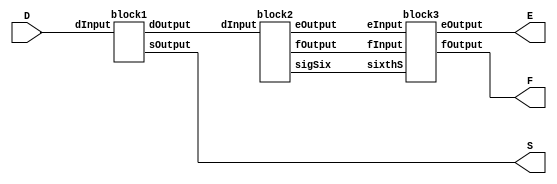
`timescale 1ns / 1ps
//////////////////////////////////////////////////////////////////////////////////
// Company: 
//							
// 
// Design Name: 
// Module Name:		FPCVT 
// Project Name: 		Project 2
// Revision: 
// Revision 0.01 - File Created
// Additional Comments: 
//
//////////////////////////////////////////////////////////////////////////////////
module FPCVT(
	input wire [12:0] D,
	output wire S,
	output wire [2:0] E,
	output wire [4:0] F
	);
	
	wire [12:0] dBetweenMods;
	wire [2:0] eBetweenMods;
	wire [4:0] fBetweenMods;
	wire sixthSig; //need for rounding
	
	
	block1 b1(.dInput(D), .dOutput(dBetweenMods),.sOutput(S));
	
	block2 b2(.dInput(dBetweenMods), .eOutput(eBetweenMods), .fOutput(fBetweenMods), .sigSix(sixthSig));
	
	block3 b3(.fInput(fBetweenMods), .sixthS(sixthSig), .eInput(eBetweenMods), .fOutput(F), .eOutput(E));
endmodule

module block1(
	input [12:0] dInput,
	output reg [12:0] dOutput,
	output sOutput
	);

	always @ (*)
	begin
		if (dInput[12] == 1)
			dOutput = ~dInput + 1'b1;
		else
			dOutput = dInput;
	end
	
	assign sOutput = dInput[12];
endmodule

module block2(
	input wire [12:0] dInput, 
	output reg [2:0] eOutput, 
	output reg [4:0] fOutput,
	output reg sigSix
	);
	
	always @ (*)
	begin
		if (dInput[12] == 1)
			eOutput = 3'b111;
		else
		begin
			if (dInput[11] == 1)
				eOutput = 3'b111;
			else
			begin
				if (dInput[10] == 1)
					eOutput = 3'b110;
				else
				begin
					if (dInput[9] == 1)
						eOutput = 3'b101;
					else
					begin
						if (dInput[8] == 1)
							eOutput = 3'b100;
						else
						begin
							if (dInput[7] == 1)
								eOutput = 3'b011;
							else
							begin
								if (dInput[6] == 1)
									eOutput = 3'b010;
								else
								begin
									if (dInput[5] == 1)
										eOutput = 3'b001;
									else
										eOutput = 3'b000;
								end
							end
						end
					end
				end
			end
		end
	end
	
	always @ (*)
	begin
		if (dInput[12] == 1)
			fOutput = 4'b1111;
		else
		begin
			if (dInput[11] == 1)
				fOutput = dInput[11:7];
			else
			begin
				if (dInput[10] == 1)
					fOutput = dInput[10:6];
				else
				begin
					if (dInput[9] == 1)
						fOutput = dInput[9:5];
					else
					begin
						if (dInput[8] == 1)
							fOutput = dInput[8:4];
						else
						begin
							if (dInput[7] == 1)
								fOutput = dInput[7:3];
							else
							begin
								if (dInput[6] == 1)
									fOutput = dInput[6:2];
								else
								begin
									if (dInput[5] == 1)
										fOutput = dInput[5:1];
									else
										fOutput = dInput[4:0];
								end
							end
						end
					end
				end
			end
		end
	end

	always @ (*)
	begin
		if (dInput[12] == 1)
			sigSix = 1;
		else
		begin
			if (dInput[11] == 1)
				sigSix = dInput[6];
			else
			begin
				if (dInput[10] == 1)
					sigSix = dInput[5];
				else
				begin
					if (dInput[9] == 1)
						sigSix = dInput[4];
					else
					begin
						if (dInput[8] == 1)
							sigSix = dInput[3];
						else
						begin
							if (dInput[7] == 1)
								sigSix = dInput[2];
							else
							begin
								if (dInput[6] == 1)
									sigSix = dInput[1];
								else
								begin
									if (dInput[5] == 1)
										sigSix = dInput[0];
									else
										sigSix = 0;
								end
							end
						end
					end
				end
			end
		end
	end 
endmodule

module block3(
	input [4:0] fInput,
	input wire sixthS,
	input [2:0] eInput,
	output reg [4:0] fOutput,
	output reg [2:0] eOutput
	);
	
	always @ (*) 
	begin
		if (sixthS == 1)
		begin
			if (fInput == 5'b11111)
			begin
				if (eInput == 3'b111)
				begin
					eOutput = 3'b111;
					fOutput = 5'b11111;
				end
				else
				begin
					eOutput = eInput + 1;
					fOutput = 5'b10000;
				end
			end
			else
			begin
				eOutput = eInput;
				fOutput = fInput + 1;
			end
		end
		else
		begin //no rounding required
			fOutput = fInput;
			eOutput = eInput;
		end
	end
endmodule